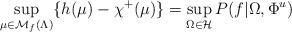
LaTeX: \begin{align*}\sup_{\mu \in \mathcal{M}_f(\Lambda)}\{h(\mu) - \chi^+(\mu)\} = \sup_{\Omega \in \mathcal{H}}P(f|\Omega,\Phi^u) \end{align*}